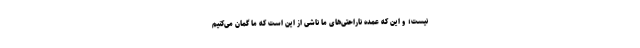
نیست؛ و این که عمدهٔ ناراحتی‌های ما ناشی از این است که ما گمان می‌کنیم